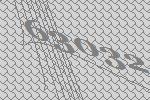
63032